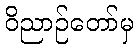
ဝိညာဉ်တော်မှ